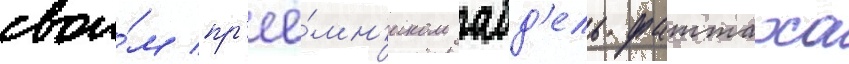
свои́м пр'ее́мн'иком абд'ель фаттаха